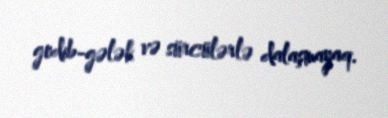
gedib-gələk və sürcülərlə dalaşmayaq.